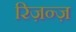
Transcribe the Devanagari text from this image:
रिज़न्ज़